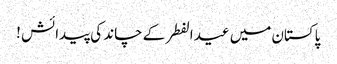
پاکستان میں عید الفطر کے چاند کی پیدائش !